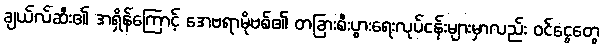
ချယ်လ်ဆီး၏ အရှိန်ကြောင့် အေဗရာမိုဗစ်၏ တခြားစီးပွားရေးလုပ်ငန်းများမှာလည်း ဝင်ငွေတွေ